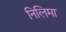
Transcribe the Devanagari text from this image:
निलिमा